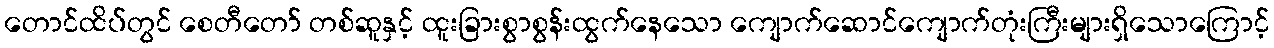
တောင်ထိပ်တွင် စေတီတော် တစ်ဆူနှင့် ထူးခြားစွာစွန်းထွက်နေသော ကျောက်ဆောင်ကျောက်တုံးကြီးများရှိသောကြောင့်